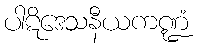
ပါဋိဒေသနီယကဏ္ဍံ